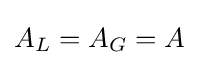
A_{L}=A_{G}=A